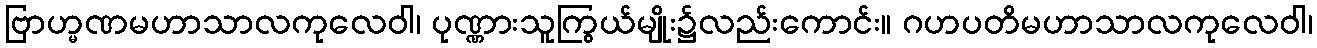
ဗြာဟ္မဏမဟာသာလကုလေဝါ၊ ပုဏ္ဏားသူကြွယ်မျိုး၌လည်းကောင်း။ ဂဟပတိမဟာသာလကုလေဝါ၊